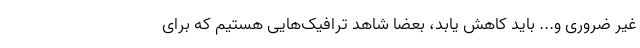
غیر ضروری و... باید کاهش یابد، بعضا شاهد ترافیک‌هایی هستیم که برای